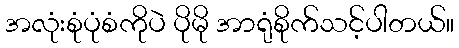
အလုံးစုံပုံစံကိုပဲ ပိုမို အာရုံစိုက်သင့်ပါတယ်။